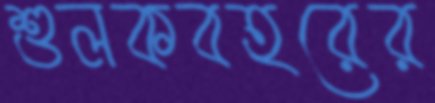
শুলকবহরের